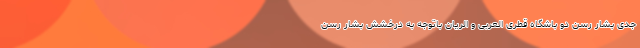
جدی بشار رسن دو باشگاه قطری العربی و الریان باتوجه به درخشش بشار رسن